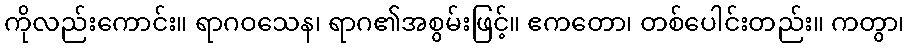
ကိုလည်းကောင်း။ ရာဂဝသေန၊ ရာဂ၏အစွမ်းဖြင့်။ ဧကတော၊ တစ်ပေါင်းတည်း။ ကတွာ၊